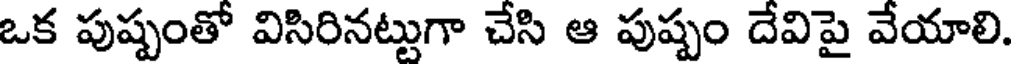
ఒక పుష్పంతో విసిరినట్టుగా చేసి ఆ పుష్పం దేవిపై వేయాలి.